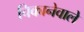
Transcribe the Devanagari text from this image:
चिकानेवाले